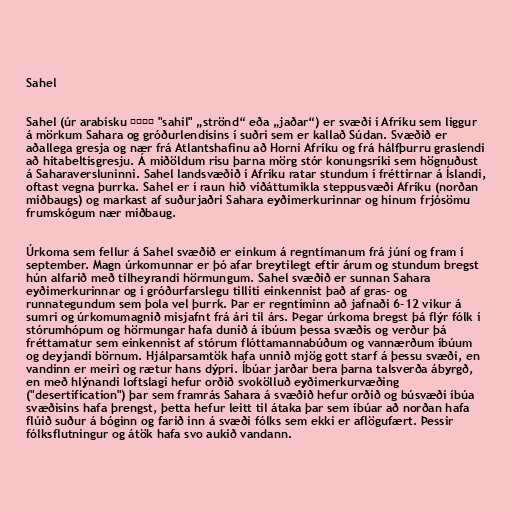
Sahel

Sahel (úr arabísku ساحل "sahil" „strönd“ eða „jaðar“) er svæði í Afríku sem liggur
á mörkum Sahara og gróðurlendisins í suðri sem er kallað Súdan. Svæðið er
aðallega gresja og nær frá Atlantshafinu að Horni Afríku og frá hálfþurru graslendi
að hitabeltisgresju. Á miðöldum risu þarna mörg stór konungsríki sem högnuðust
á Saharaversluninni. Sahel landsvæðið í Afríku ratar stundum í fréttirnar á Íslandi,
oftast vegna þurrka. Sahel er í raun hið víðáttumikla steppusvæði Afríku (norðan
miðbaugs) og markast af suðurjaðri Sahara eyðimerkurinnar og hinum frjósömu
frumskógum nær miðbaug.

Úrkoma sem fellur á Sahel svæðið er einkum á regntímanum frá júní og fram í
september. Magn úrkomunnar er þó afar breytilegt eftir árum og stundum bregst
hún alfarið með tilheyrandi hörmungum. Sahel svæðið er sunnan Sahara
eyðimerkurinnar og í gróðurfarslegu tilliti einkennist það af gras- og
runnategundum sem þola vel þurrk. Þar er regntíminn að jafnaði 6-12 vikur á
sumri og úrkomumagnið misjafnt frá ári til árs. Þegar úrkoma bregst þá flýr fólk í
stórumhópum og hörmungar hafa dunið á íbúum þessa svæðis og verður þá
fréttamatur sem einkennist af stórum flóttamannabúðum og vannærðum íbúum
og deyjandi börnum. Hjálparsamtök hafa unnið mjög gott starf á þessu svæði, en
vandinn er meiri og rætur hans dýpri. Íbúar jarðar bera þarna talsverða ábyrgð,
en með hlýnandi loftslagi hefur orðið svokölluð eyðimerkurvæðing
("desertification") þar sem framrás Sahara á svæðið hefur orðið og búsvæði íbúa
svæðisins hafa þrengst, þetta hefur leitt til átaka þar sem íbúar að norðan hafa
flúið suður á bóginn og farið inn á svæði fólks sem ekki er aflögufært. Þessir
fólksflutningur og átök hafa svo aukið vandann.